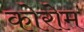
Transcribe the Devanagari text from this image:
कोरोम